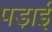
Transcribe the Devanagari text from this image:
पडा़ई